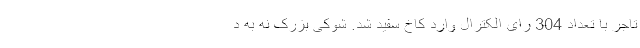
تاجر با تعداد 304 رای الکترال وارد کاخ سفید شد. شوکی بزرک نه به د